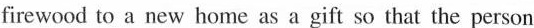
firewood to a new home as a gift so that the person